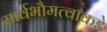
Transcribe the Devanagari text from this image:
सार्वभौमत्वाकडे